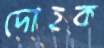
দোহক